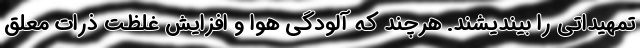
تمهیداتی را بیندیشند. هرچند که آلودگی هوا و افزایش غلظت ذرات معلق